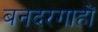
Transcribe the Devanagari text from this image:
बनदरगाहों